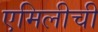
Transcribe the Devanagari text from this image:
एमिलीची